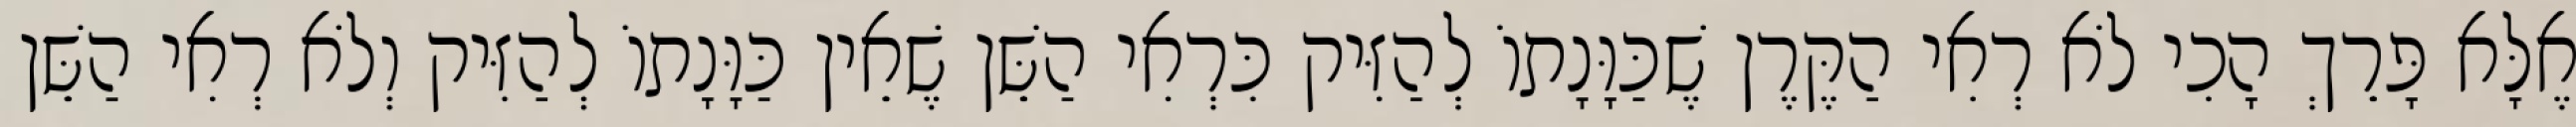
אֶלָּא פָּרֵךְ הָכִי לֹא רְאִי הַקֶּרֶן שֶׁכַּוָּנָתוֹ לְהַזִּיק כִּרְאִי הַשֵּׁן שֶׁאֵין כַּוָּנָתוֹ לְהַזִּיק וְלֹא רְאִי הַשֵּׁן